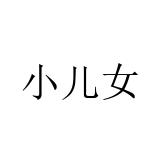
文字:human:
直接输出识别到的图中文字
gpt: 小儿女